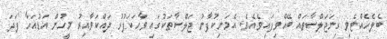
ބެލެހެއްޓެވި ގިނަޖަލްސާތައް ބޭއްވިފައިވެއެވެ. އެމަނިކުފާނު ޖަލްސާތަކުގައި ވާހަކަފުޅު ދައްކަވާއިރު މީހުން އަޑުއަހާ ފަދަ